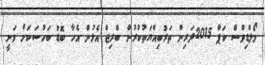
މޯލްޑިވްސް ކަޕް 2015ދަރިން ތަރުބިއްޔަތުކުރުން ބްރިޖް އެޅުން އެހާ ބޮޑު ބަހުސަކަށް ވަނީ